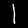
Digit: 1